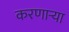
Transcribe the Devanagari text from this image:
करणाऱ्‍या